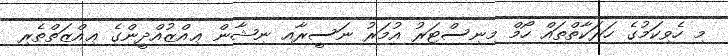
މި ހެވިކަމުގެ ހަރަކާތްތައް ހޯމް މިނިސްޓަރު އުމަރު ނަސީރާއި ނިޝާން ޢިއްޒުއްދީންގެ ޢިއްޒަތްތެރި